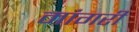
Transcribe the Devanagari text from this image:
मांगरी